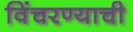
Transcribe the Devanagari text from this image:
विंचरण्याची